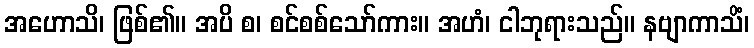
အဟောသိ၊ ဖြစ်၏။ အပိ စ၊ စင်စစ်သော်ကား။ အဟံ၊ ငါဘုရားသည်။ နဗျာကာသိံ၊